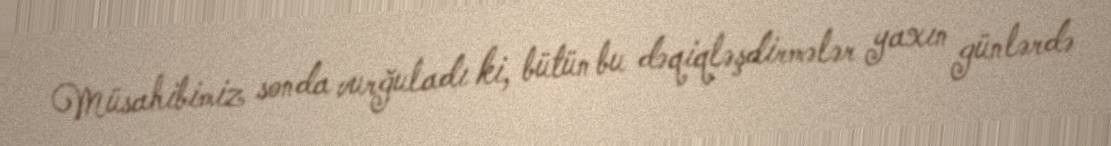
Müsahibimiz sonda vurğuladı ki, bütün bu dəqiqləşdirmələr yaxın günlərdə